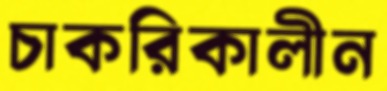
চাকরিকালীন